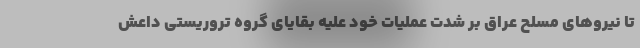
تا نیروهای مسلح عراق بر شدت عملیات خود علیه بقایای گروه تروریستی داعش